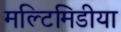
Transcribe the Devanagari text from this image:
मल्टिमिडीया